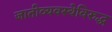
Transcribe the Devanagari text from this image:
जातीव्यवस्थेविरुद्ध